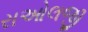
રાઓલજી